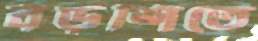
বঁড়শিতে